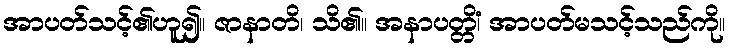
အာပတ်သင့်၏ဟူ၍။ ဇာနာတိ၊ သိ၏။ အနာပတ္တိံ၊ အာပတ်မသင့်သည်ကို။